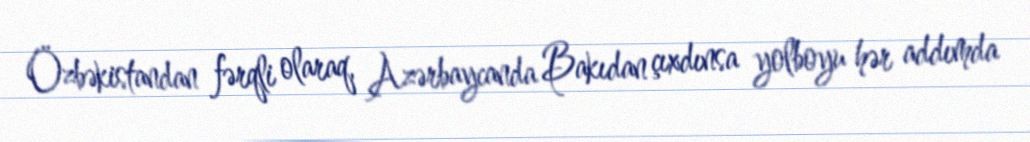
Özbəkistandan fərqli olaraq, Azərbaycanda Bakıdan çıxdınsa yolboyu hər addımda